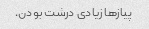
پیاز‌ها زیادی درشت بودن.